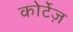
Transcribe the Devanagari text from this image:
कोर्टेज़